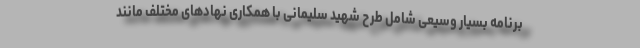
برنامه بسیار وسیعی شامل طرح شهید سلیمانی با همکاری نهادهای مختلف مانند